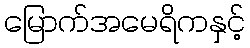
မြောက်အမေရိကနှင့်